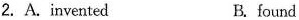
2. A. invented B.found